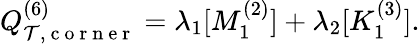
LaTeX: Q_{\mathcal{T},\mathrm{~c~o~r~n~e~r~}}^{(6)}=\lambda_{1}[M_{1}^{(2)}]+\lambda_{2}[K_{1}^{(3)}].